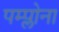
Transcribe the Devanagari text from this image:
पम्प्लोना